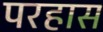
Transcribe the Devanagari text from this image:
परहास